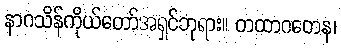
နာဂသိန်ကိုယ်တော်အရှင်ဘုရား။ တထာဂတေန၊